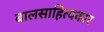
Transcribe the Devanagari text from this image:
बालसाहित्‍यकार